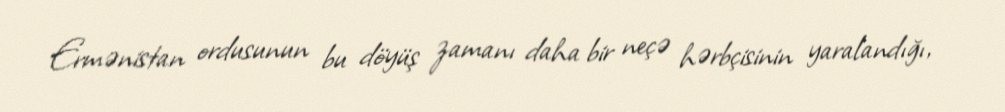
Ermənistan ordusunun bu döyüş zamanı daha bir neçə hərbçisinin yaralandığı,